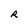
Character: R